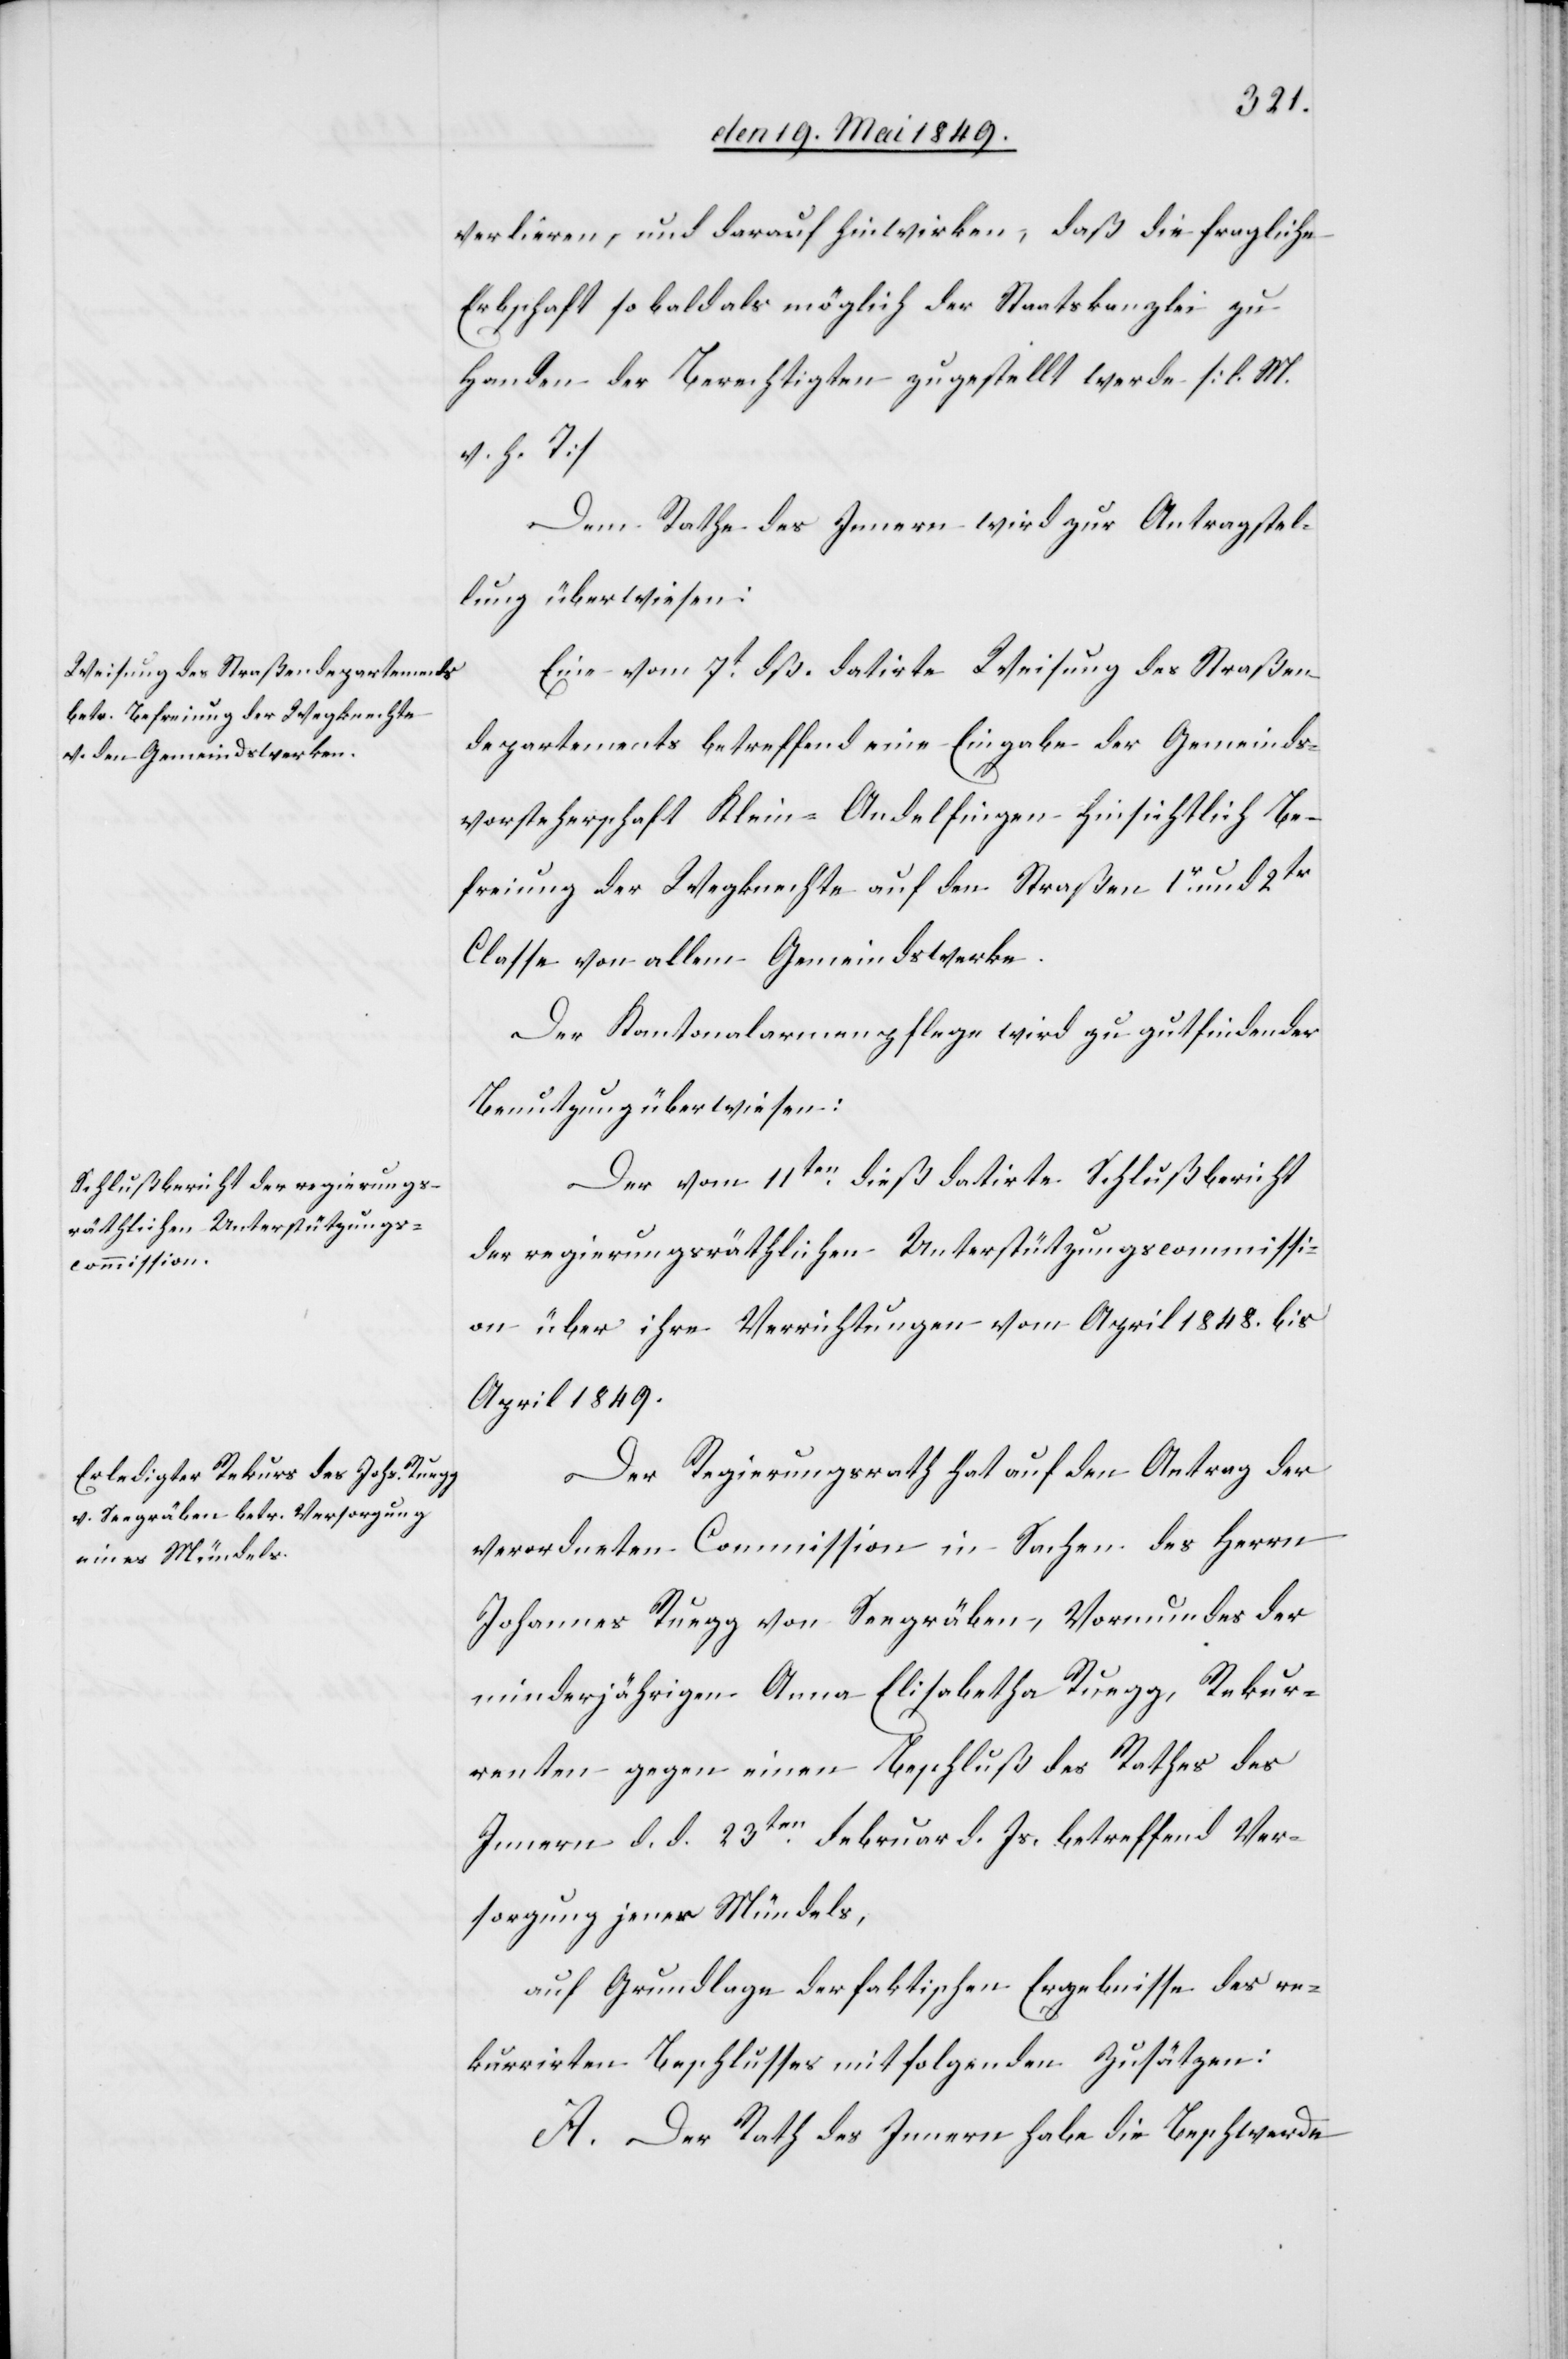
verlieren, und darauf hinwirken, daß die fragliche
Erbschaft so bald als möglich der Staatskanzlei zu
Handen der Berechtigten zugestellt werde [l. M.
h. T][.]
Dem Rathe des Innern wird zur Antragstel¬
lung überwiesen:
Eine vom 7t dß. datirte Weisung des Straßen¬
departements betreffend eine Eingabe der Gemeinds¬
vorsteherschaft Klein-Andelfingen hinsichtlich Be¬
freiung der Wegknechte auf den Straßen 1r und 2tr
Classe von allem Gemeindswerke.
Der Kantonalarmenpflege wird zu gutfindender
Benutzung überwiesen:
Der vom 11ten dieß datirte Schlußbericht
der regierungsräthlichen Unterstützungscommissi¬
on über ihre Verrichtungen von April 1848. bis
April 1849.
Der Regierungsrath hat auf den Antrag der
verordneten Commission in Sachen des Herrn
Johannes Ruegg von Seegräben, Vormundes der
minderjährigen Anna Elisabetha Ruegg, Rekur¬
renten gegen einen Beschluß des Rathes des
Innern d. d. 23ten Februar d. Js. betreffend Ver¬
sorgung jenes Mündels,
auf Grundlage der faktischen Ergebnisse des re¬
kurrirten Beschlusses mit folgenden Zusätzen:
A. Der Rath des Innern habe die Beschwerde